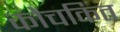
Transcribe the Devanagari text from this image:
कोचकित